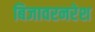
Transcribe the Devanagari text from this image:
बिजावरनरेश